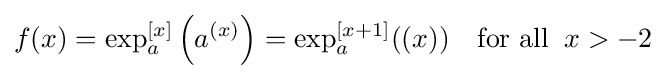
f(x)=\exp _{a}^{[x]}\left(a^{(x)}\right)=\exp _{a}^{[x+1]}((x))\quad {\text{for all}}\;\;x>-2